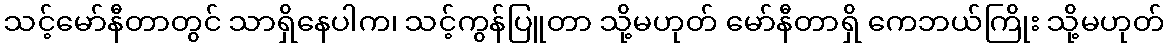
သင့်မော်နီတာတွင် သာရှိနေပါက၊ သင့်ကွန်ပြူတာ သို့မဟုတ် မော်နီတာရှိ ကေဘယ်ကြိုး သို့မဟုတ်